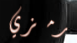
رمزي